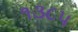
૧૩૮૫